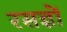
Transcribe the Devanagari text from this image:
रसज्ञों